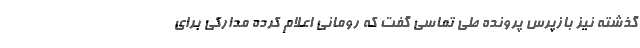
گذشته نیز بازپرس پرونده طی تماسی گفت که رومانی اعلام کرده مدارکی برای